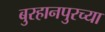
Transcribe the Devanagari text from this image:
बुरहानपुरच्या